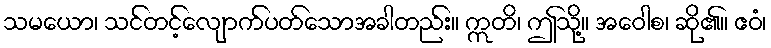
သမယော၊ သင်တင့်လျောက်ပတ်သောအခါတည်း။ ဣတိ၊ ဤသို့။ အဝေါစ၊ ဆို၏။ ဧဝံ၊